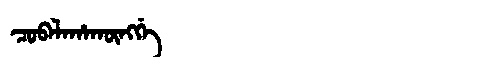
Manchu: ᠴᠣᠪᠠᠯᠠᡥᠠᡴᡡᠩᡤᡝ
Romanization: COBALAHAKŪNGGE